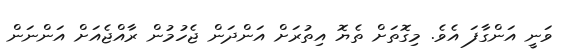
ވަނީ އަންގާފަ އެވެ. މިގޮތަށް ތެޔޮ އިތުރަށް އަންދަން ޖެހުމުން ރާއްޖެއަށް އަންނަން